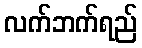
လက်ဘက်ရည်